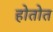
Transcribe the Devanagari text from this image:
होतोत